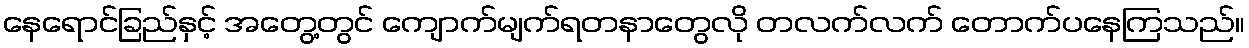
နေရောင်ခြည်နှင့် အတွေ့တွင် ကျောက်မျက်ရတနာတွေလို တလက်လက် တောက်ပနေကြသည်။